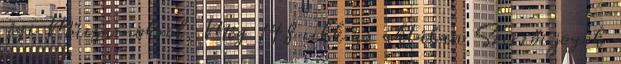
régi Műcsarnokról. Még 148 cikk az aktában Szerzői jogok